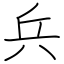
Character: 兵